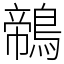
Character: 鶙